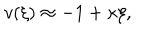
v ( \xi ) \approx - 1 + \kappa \xi ,